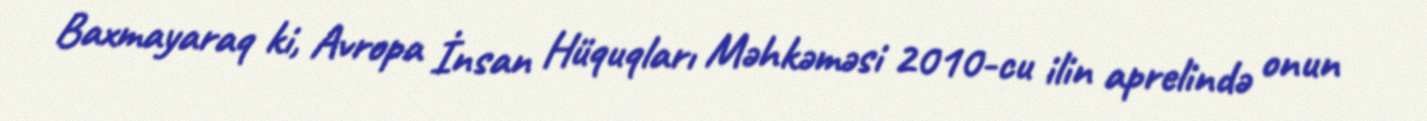
Baxmayaraq ki, Avropa İnsan Hüquqları Məhkəməsi 2010-cu ilin aprelində onun